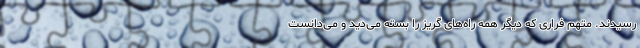
رسیدند. متهم فراری که دیگر همه راه‌های گریز را بسته می‌دید و می‌دانست